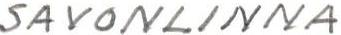
SAVONLINNA